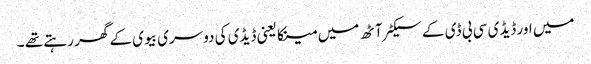
میں اور ڈیڈی سی بی ڈی کے سیکٹر آٹھ میں مینکا یعنی ڈیڈی کی دوسری بیوی کے گھر رہتے تھے ۔